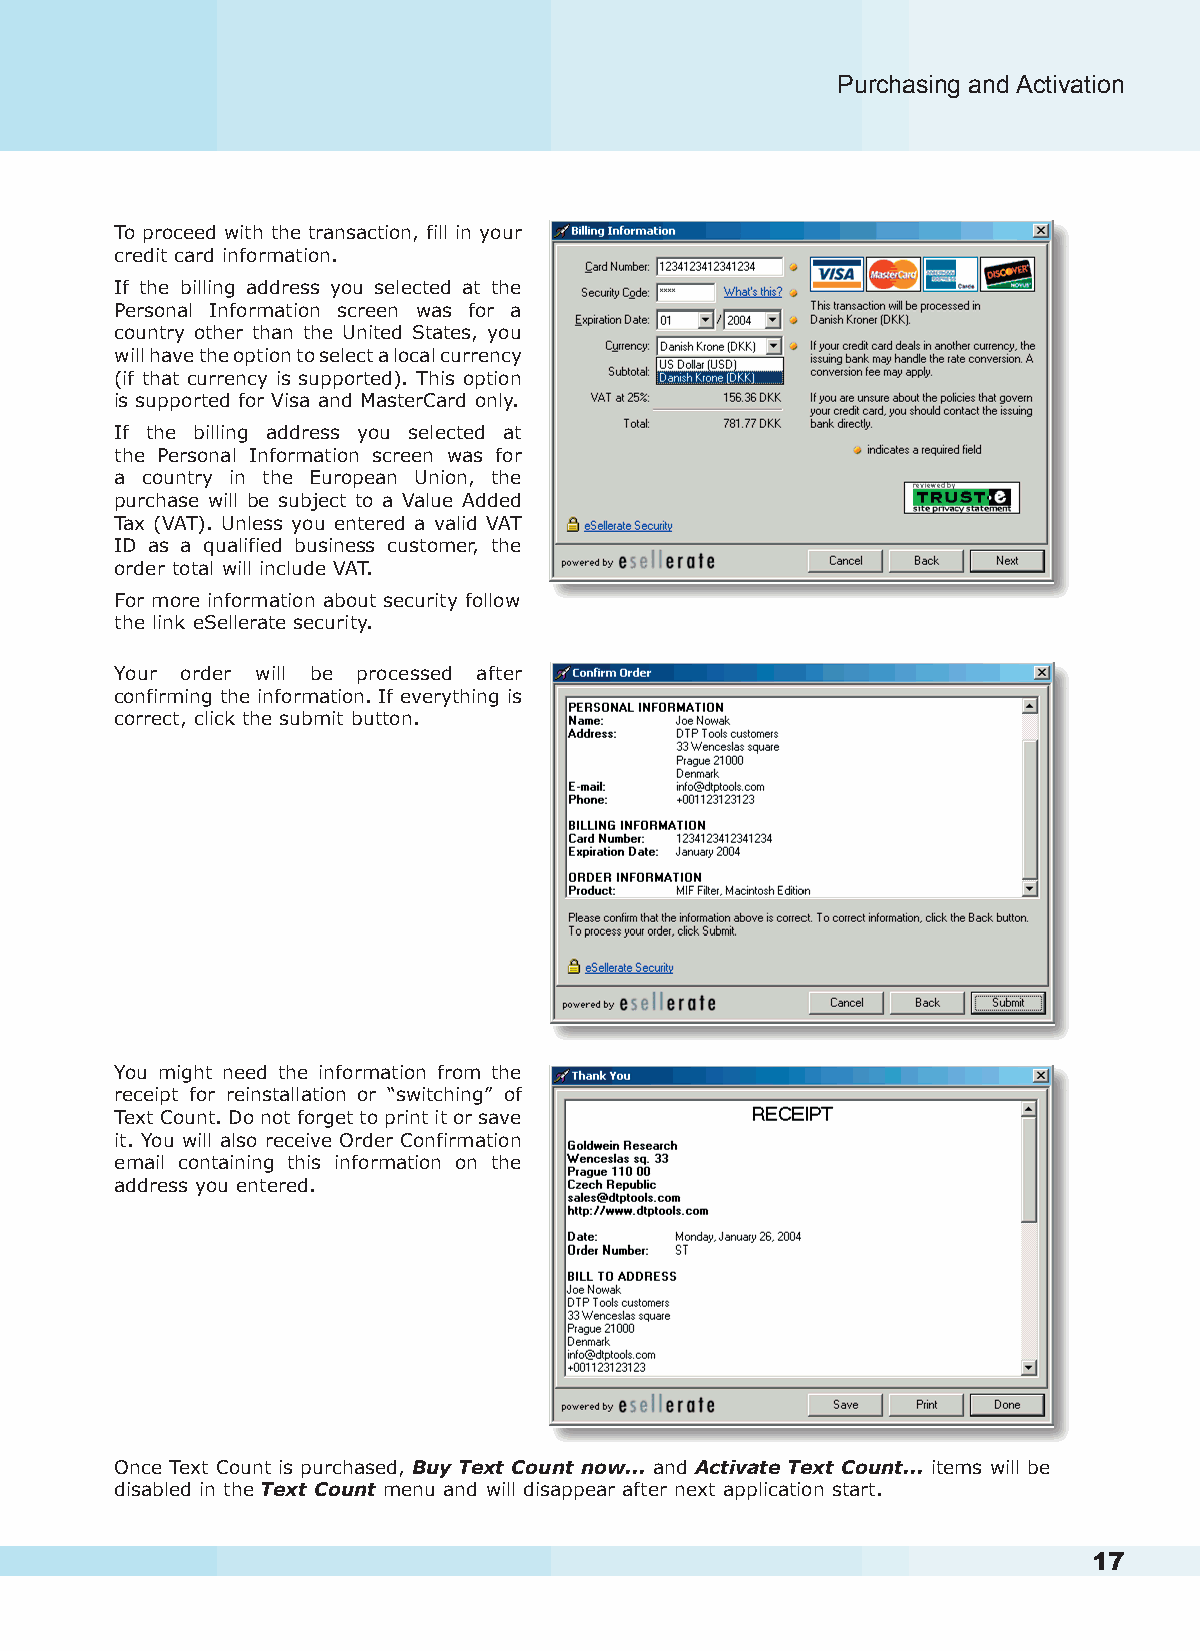
Purchasing and Activation                              Purchasing and Activation
 To proceed with the transaction, fill in your
 credit card information.
 If the billing address you selected at the
 Personal Information screen was for a
 country other than the United States, you
 will have the option to select a local currency
 (if that currency is supported). This option
 is supported for Visa and MasterCard only.
 If the billing address you selected at
 the Personal Information screen was for
 a country in the European Union, the
 purchase will be subject to a Value Added
 Tax (VAT). Unless you entered a valid VAT
 ID as a qualified business customer, the
 order total will include VAT.
 For more information about security follow
 the link eSellerate security.
 Your order will be processed after
 confirming the information. If everything is
 correct, click the submit button.
 You might need the information from the
 receipt for reinstallation or “switching” of
 Text Count. Do not forget to print it or save
 it. You will also receive Order Confirmation
 email containing this information on the
 address you entered.
 Once Text Count is purchased, Buy Text Count now... and Activate Text Count... items will be
 disabled in the Text Count menu and will disappear after next application start.
 16                                                                      17